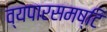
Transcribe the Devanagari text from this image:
व्यपारसमष्टि